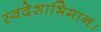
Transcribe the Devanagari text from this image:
स्वदेशाभिमान।